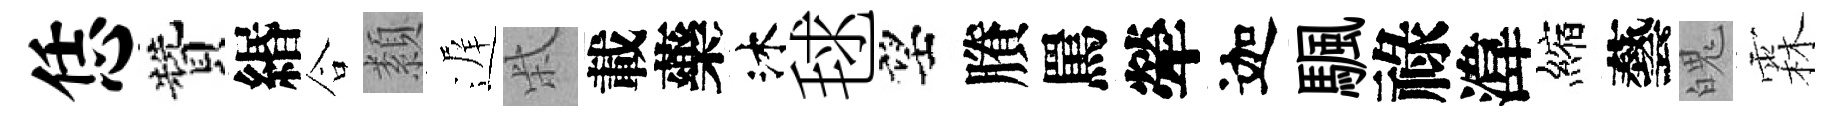
恁贊緡合纇遅柴載藥沐毬望賸罵犖迦颿祿湋縮藝魄霖